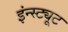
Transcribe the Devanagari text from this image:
इंन्स्ट्यूट